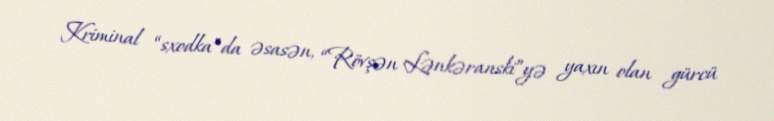
Kriminal “sxodka”da əsasən, “Rövşən Lənkəranski”yə yaxın olan gürcü